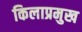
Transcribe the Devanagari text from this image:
किलाप्रमुख